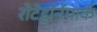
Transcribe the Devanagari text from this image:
रोटेहॉर्नपार्क